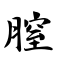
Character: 膣